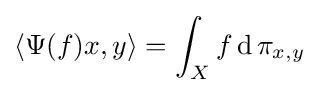
\langle \Psi (f)x,y\rangle =\int _{X}f\operatorname {d} \pi _{x,y}